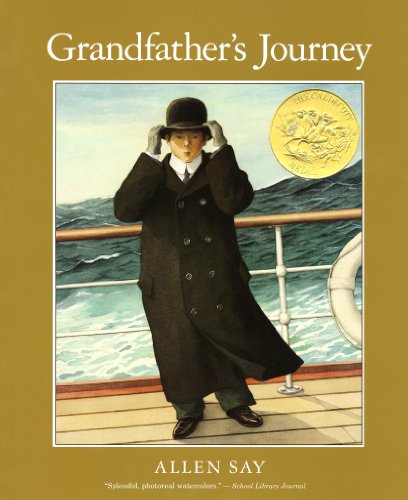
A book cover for Grandfather's Journey; Allen Say; Children's Books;